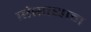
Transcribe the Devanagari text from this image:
संसाधान